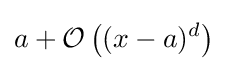
a+{\mathcal {O}}\left((x-a)^{d}\right)